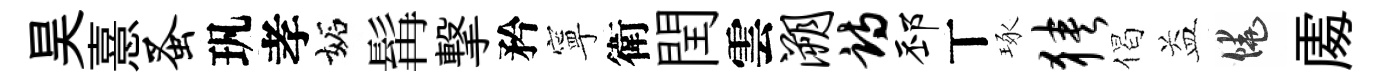
昊憙蚤㺬孝妬髯撃矜寧衛閏雲溯诗邳丅琢狭偈益饒𠁅